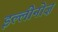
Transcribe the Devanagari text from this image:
इल्लीनोज़